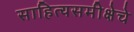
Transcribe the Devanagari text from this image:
साहित्यसमीक्षेचे